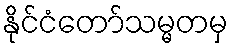
နိုင်ငံတော်သမ္မတမှ